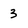
Character: 3